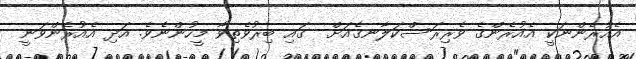
އެއުރެންނަކީ އެއުރެންގެ ވެރިރަސްކަލާނގެއަށް  ގައި ބިރުވެތިވާ މީހުންނެވެ. އަދި އެއުރެންވަނީ